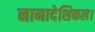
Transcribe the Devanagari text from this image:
नानादेशिकल।